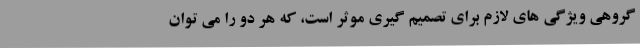
گروهی ویژگی های لازم برای تصمیم گیری موثر است، که هر دو را می توان